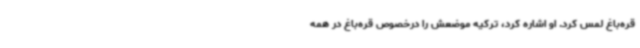
قره‌باغ لمس کرد. او اشاره کرد، ترکیه موضعش را درخصوص قره‌باغ در همه